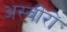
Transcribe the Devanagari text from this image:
अस्वीरों